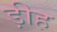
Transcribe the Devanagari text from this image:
ड़ीह